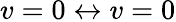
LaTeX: v=0\leftrightarrow v=0